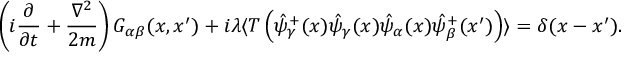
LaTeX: \left( i \frac { \partial } { \partial t } + \frac { \nabla ^ { 2 } } { 2 m } \right) G _ { \alpha \beta } ( x , x ^ { \prime } ) + i \lambda \langle T \left( \hat { \psi } _ { \gamma } ^ { + } ( x ) \hat { \psi } _ { \gamma } ( x ) \hat { \psi } _ { \alpha } ( x ) \hat { \psi } _ { \beta } ^ { + } ( x ^ { \prime } ) \right) \rangle = \delta ( x - x ^ { \prime } ) .